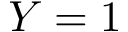
Y = 1